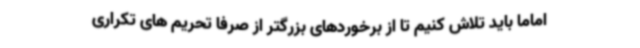
اماما باید تلاش کنیم تا از برخوردهای بزرگتر از صرفا تحریم های تکراری